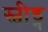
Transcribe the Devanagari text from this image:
स्वीड्न